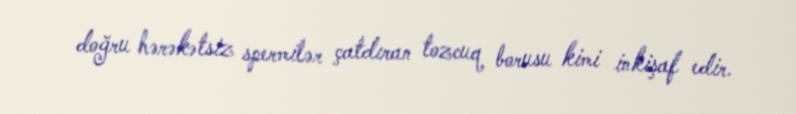
doğru hərəkətsiz spermilər çatdıran tozcuq borusu kimi inkişaf edir.